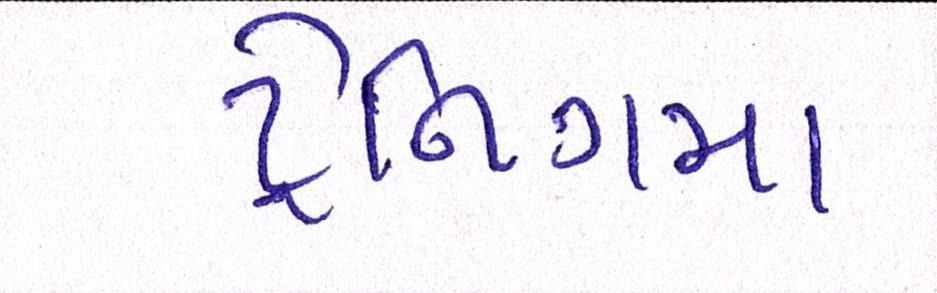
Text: ટ્રેનિગમા